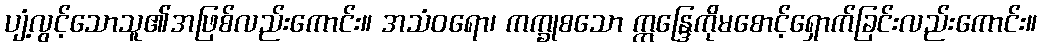
ပျံ့လွင့်သောသူ၏အဖြစ်လည်းကောင်း။ အသံဝရော၊ ကက္ခုစသော ဣန္ဒြေကိုမစောင့်ရှောက်ခြင်းလည်းကောင်း။